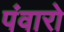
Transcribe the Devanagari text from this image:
पंवारो